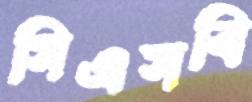
সিএসবি